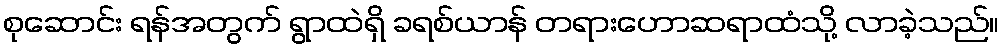
စုဆောင်း ရန်အတွက် ရွာထဲရှိ ခရစ်ယာန် တရားဟောဆရာထံသို့ လာခဲ့သည်။